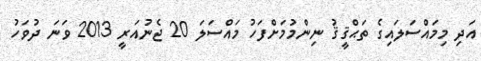
އަދި މިމައްސަލައިގެ ތަޙްޤީޤު ނިންމުމަށްފަހު މައްސަލަ 20 ޖެނުއަރީ 2013 ވަނަ ދުވަހު